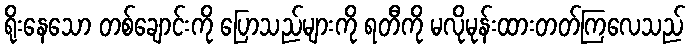
ရိုးနေသော တစ်ချောင်းကို ပြောသည်များကို ရတီကို မလိုမုန်းထားတတ်ကြလေသည်